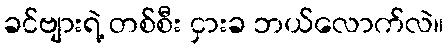
ခင်ဗျားရဲ့ တစ်စီး ငှားခ ဘယ်လောက်လဲ။